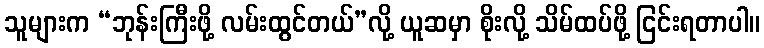
သူများက “ဘုန်းကြီးဖို့ လမ်းထွင်တယ်”လို့ ယူဆမှာ စိုးလို့ သိမ်ထပ်ဖို့ ငြင်းရတာပါ။